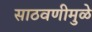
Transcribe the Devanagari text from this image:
साठवणीमुळे